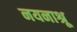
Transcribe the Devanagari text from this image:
नयनाश्रू